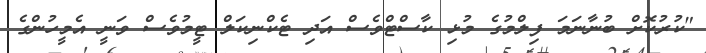
"ކުރުކޮށް ބުނާނަމަ ފިލްމުގެ މުޅި ކާސްޓްވެސް އަދި ޓެކްނިކަލް ޓީމުވެސް ވަނީ އެމީހުންގެ